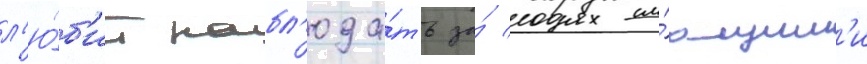
л'ю́б'ит набл'юда́ть за́ окружа́ющим'и